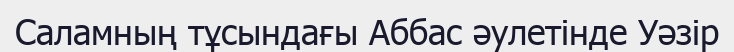
Саламның тұсындағы Аббас әулетінде Уәзір